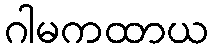
ဂါမကထာယ